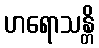
ဟရောသန္တိ